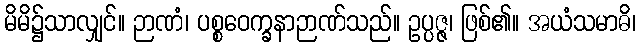
မိမိ၌သာလျှင်။ ဉာဏံ၊ ပစ္စဝေက္ခနာဉာဏ်သည်။ ဥပ္ပဇ္ဇ၊ ဖြစ်၏။ အယံသမာဓိ၊